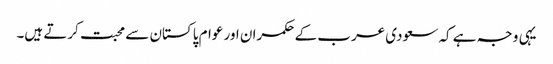
یہی وجہ ہے کہ سعودی عرب کے حکمران اور عوام پاکستان سے محبت کرتے ہیں۔